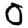
Digit: 0